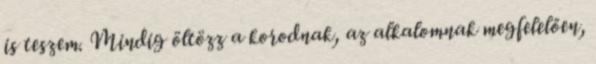
is teszem. Mindig öltözz a korodnak, az alkalomnak megfelelően,